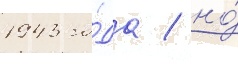
1943 го́да / но́